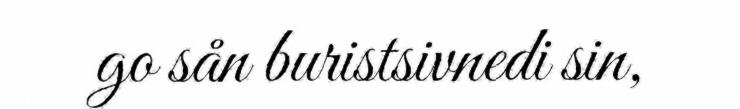
go sån buristsivnedi sin,